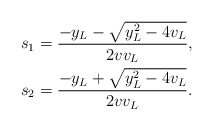
\begin{align*}s_1 &=\frac{-y_L-\sqrt{y_L^2-4v_L}}{2v v_L}, \\s_2 &=\frac{-y_L+\sqrt{y_L^2-4v_L}}{2v v_L}.\end{align*}